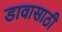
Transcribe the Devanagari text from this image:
डावासाठी